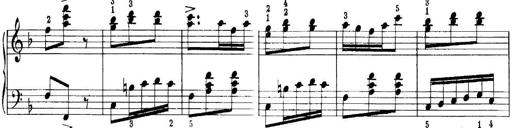
Title: Quatres sonatines
Composer: Tadeusz Joteyko